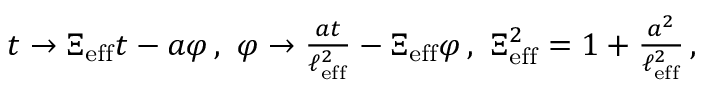
\begin{array} { r } { t \to \Xi _ { \mathrm { e f f } } t - a \varphi \, , \ \varphi \to \frac { a t } { \ell _ { \mathrm { e f f } } ^ { 2 } } - \Xi _ { \mathrm { e f f } } \varphi \, , \ \Xi _ { \mathrm { e f f } } ^ { 2 } = 1 + \frac { a ^ { 2 } } { \ell _ { \mathrm { e f f } } ^ { 2 } } \, , } \end{array}